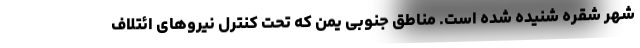
شهر شقره شنیده شده است. مناطق جنوبی یمن که تحت کنترل نیروهای ائتلاف